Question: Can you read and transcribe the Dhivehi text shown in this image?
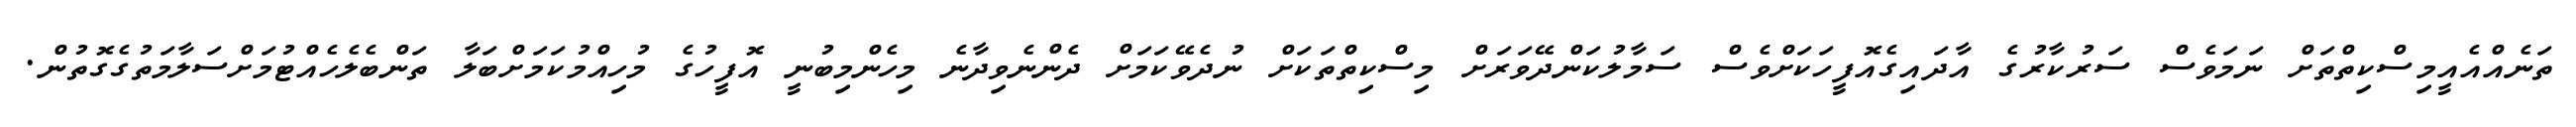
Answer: ތަނެއްއެއީމިސްކިތްތަށް ނަމަވެސް ސަރުކާރުގެ އާދައިގެއޮފީހަކަށްވެސް ސަމާލުކަންދޭވަރަށް މިސްކިތްތަކަށް ނުދެވޭކަމަށް ދެންނެވިދާނެ މިހެންމިބުނީ އޮފީހުގެ މުހިއްމުކަމަށްބަލާ ތަންބެލެހެއްޓުމަށްސަލާމަތުގެގޮތުން.